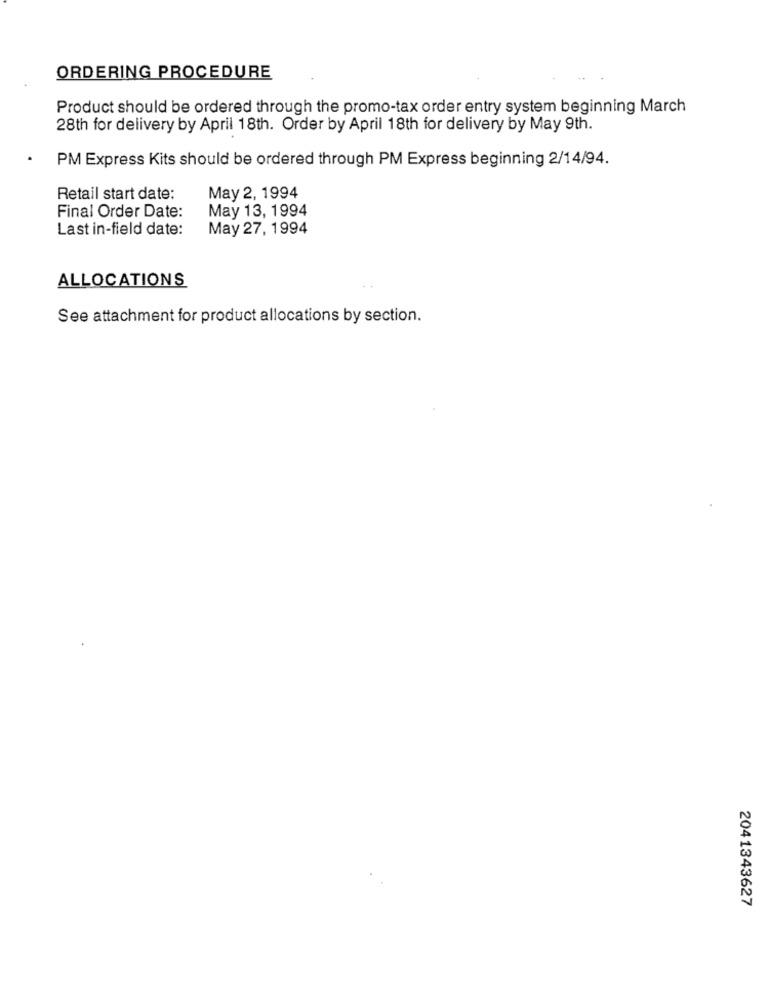
ORDERING PROCEDURE
Product should be ordered through the promo-tax order entry system beginning March
28th for delivery by April 18th. Order by April 18th for delivery by May 9th.
PM Express Kits should be ordered through PM Express beginning 2/14/94.
Retail start date:
May 2, 1994
Final Order Date:
May 13, 1994
Last in-field date:
May 27, 1994
ALLOCATIONS
See attachment for product allocations by section.
2041343627